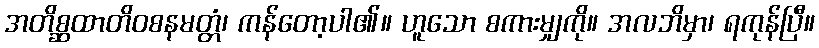
အတိစ္ဆထာတိဝစနမတ္တံ၊ ကန်တော့ပါ၏။ ဟူသော စကားမျှကို။ အလဘိမှာ၊ ရကုန်ပြီ။